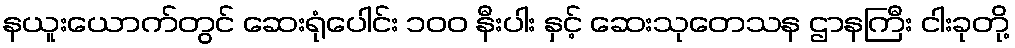
နယူးယောက်တွင် ဆေးရုံပေါင်း ၁၀၀ နီးပါး နှင့် ဆေးသုတေသန ဌာနကြီး ငါးခုတို့